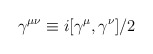
\begin{align*}\gamma ^{\mu \nu }\equiv i[\gamma ^{\mu },\gamma ^{\nu }]/2\end{align*}